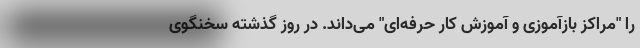
را "مراکز بازآموزی و آموزش کار حرفه‌ای" می‌داند. در روز گذشته سخنگوی